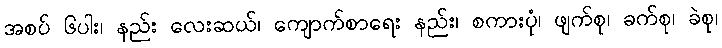
အစပ် ၆ပါး၊ နည်း လေးဆယ်၊ ကျောက်စာရေး နည်း၊ စကားပုံ၊ ဖျက်စု၊ ခက်စု၊ ခဲစု၊